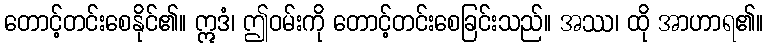
တောင့်တင်းစေနိုင်၏။ ဣဒံ၊ ဤဝမ်းကို တောင့်တင်းစေခြင်းသည်။ အဿ၊ ထို အာဟာရ၏။